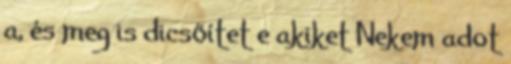
a, és meg is dicsőítet e akiket Nekem adot